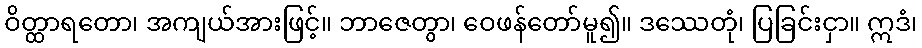
ဝိတ္ထာရတော၊ အကျယ်အားဖြင့်။ ဘာဇေတွာ၊ ဝေဖန်တော်မူ၍။ ဒဿေတုံ၊ ပြခြင်းငှာ။ ဣဒံ၊